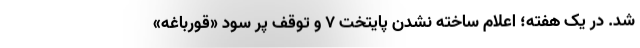
شد. در یک هفته؛ اعلام ساخته نشدن پایتخت 7 و توقف پر سود «قورباغه»